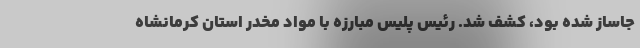
جاساز شده بود، کشف شد. رئیس پلیس مبارزه با مواد مخدر استان کرمانشاه